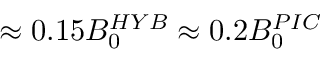
\approx 0 . 1 5 B _ { 0 } ^ { H Y B } \approx 0 . 2 B _ { 0 } ^ { P I C }